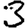
Digit: 3